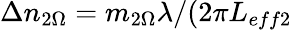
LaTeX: \Delta n_{2\Omega}=m_{2\Omega}\lambda/(2\pi L_{eff2}